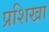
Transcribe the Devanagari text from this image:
प्रशिखा